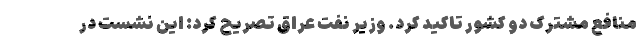
منافع مشترک دو کشور تاکید کرد. وزیر نفت عراق تصریح کرد: این نشست در